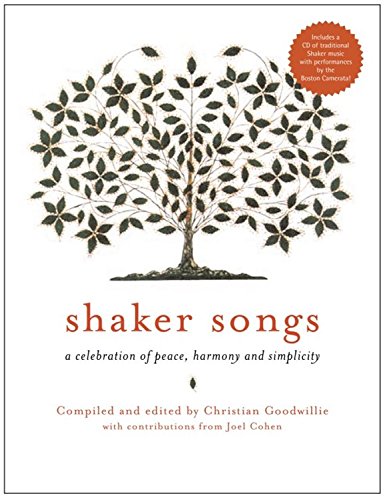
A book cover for Shaker Songs: A Musical Celebration of Peace, Harmony and Simplicity; Christian Books & Bibles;